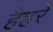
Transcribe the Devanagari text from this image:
हैहरे